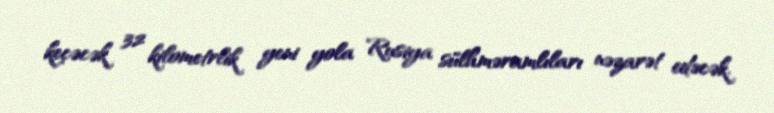
keçəcək 32 kilometrlik yeni yola Rusiya sülhməramlıları nəzarət edəcək.